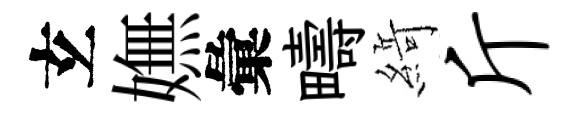
𤣥嫵彙疇𦂶斤